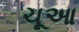
ચૂઆ